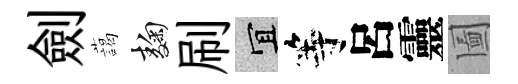
劍藹麹刷宜等呂靈圗